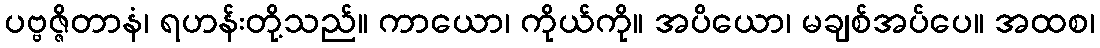
ပဗ္ဗဇ္ဇိတာနံ၊ ရဟန်းတို့သည်။ ကာယော၊ ကိုယ်ကို။ အပိယော၊ မချစ်အပ်ပေ။ အထစ၊